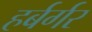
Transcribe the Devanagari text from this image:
हर्बर्गर